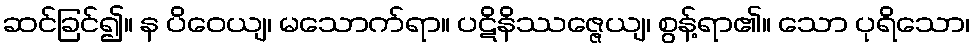
ဆင်ခြင်၍။ န ပိဝေယျ၊ မသောက်ရာ။ ပဋိနိဿဇ္ဇေယျ၊ စွန့်ရာ၏။ သော ပုရိသော၊